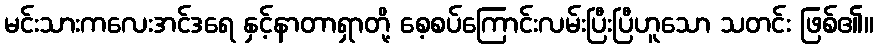
မင်းသားကလေးအင်ဒရေ နှင့်နာတာရှာတို့ စေ့စပ်ကြောင်းလမ်းပြီးပြီဟူသော သတင်း ဖြစ်၏။